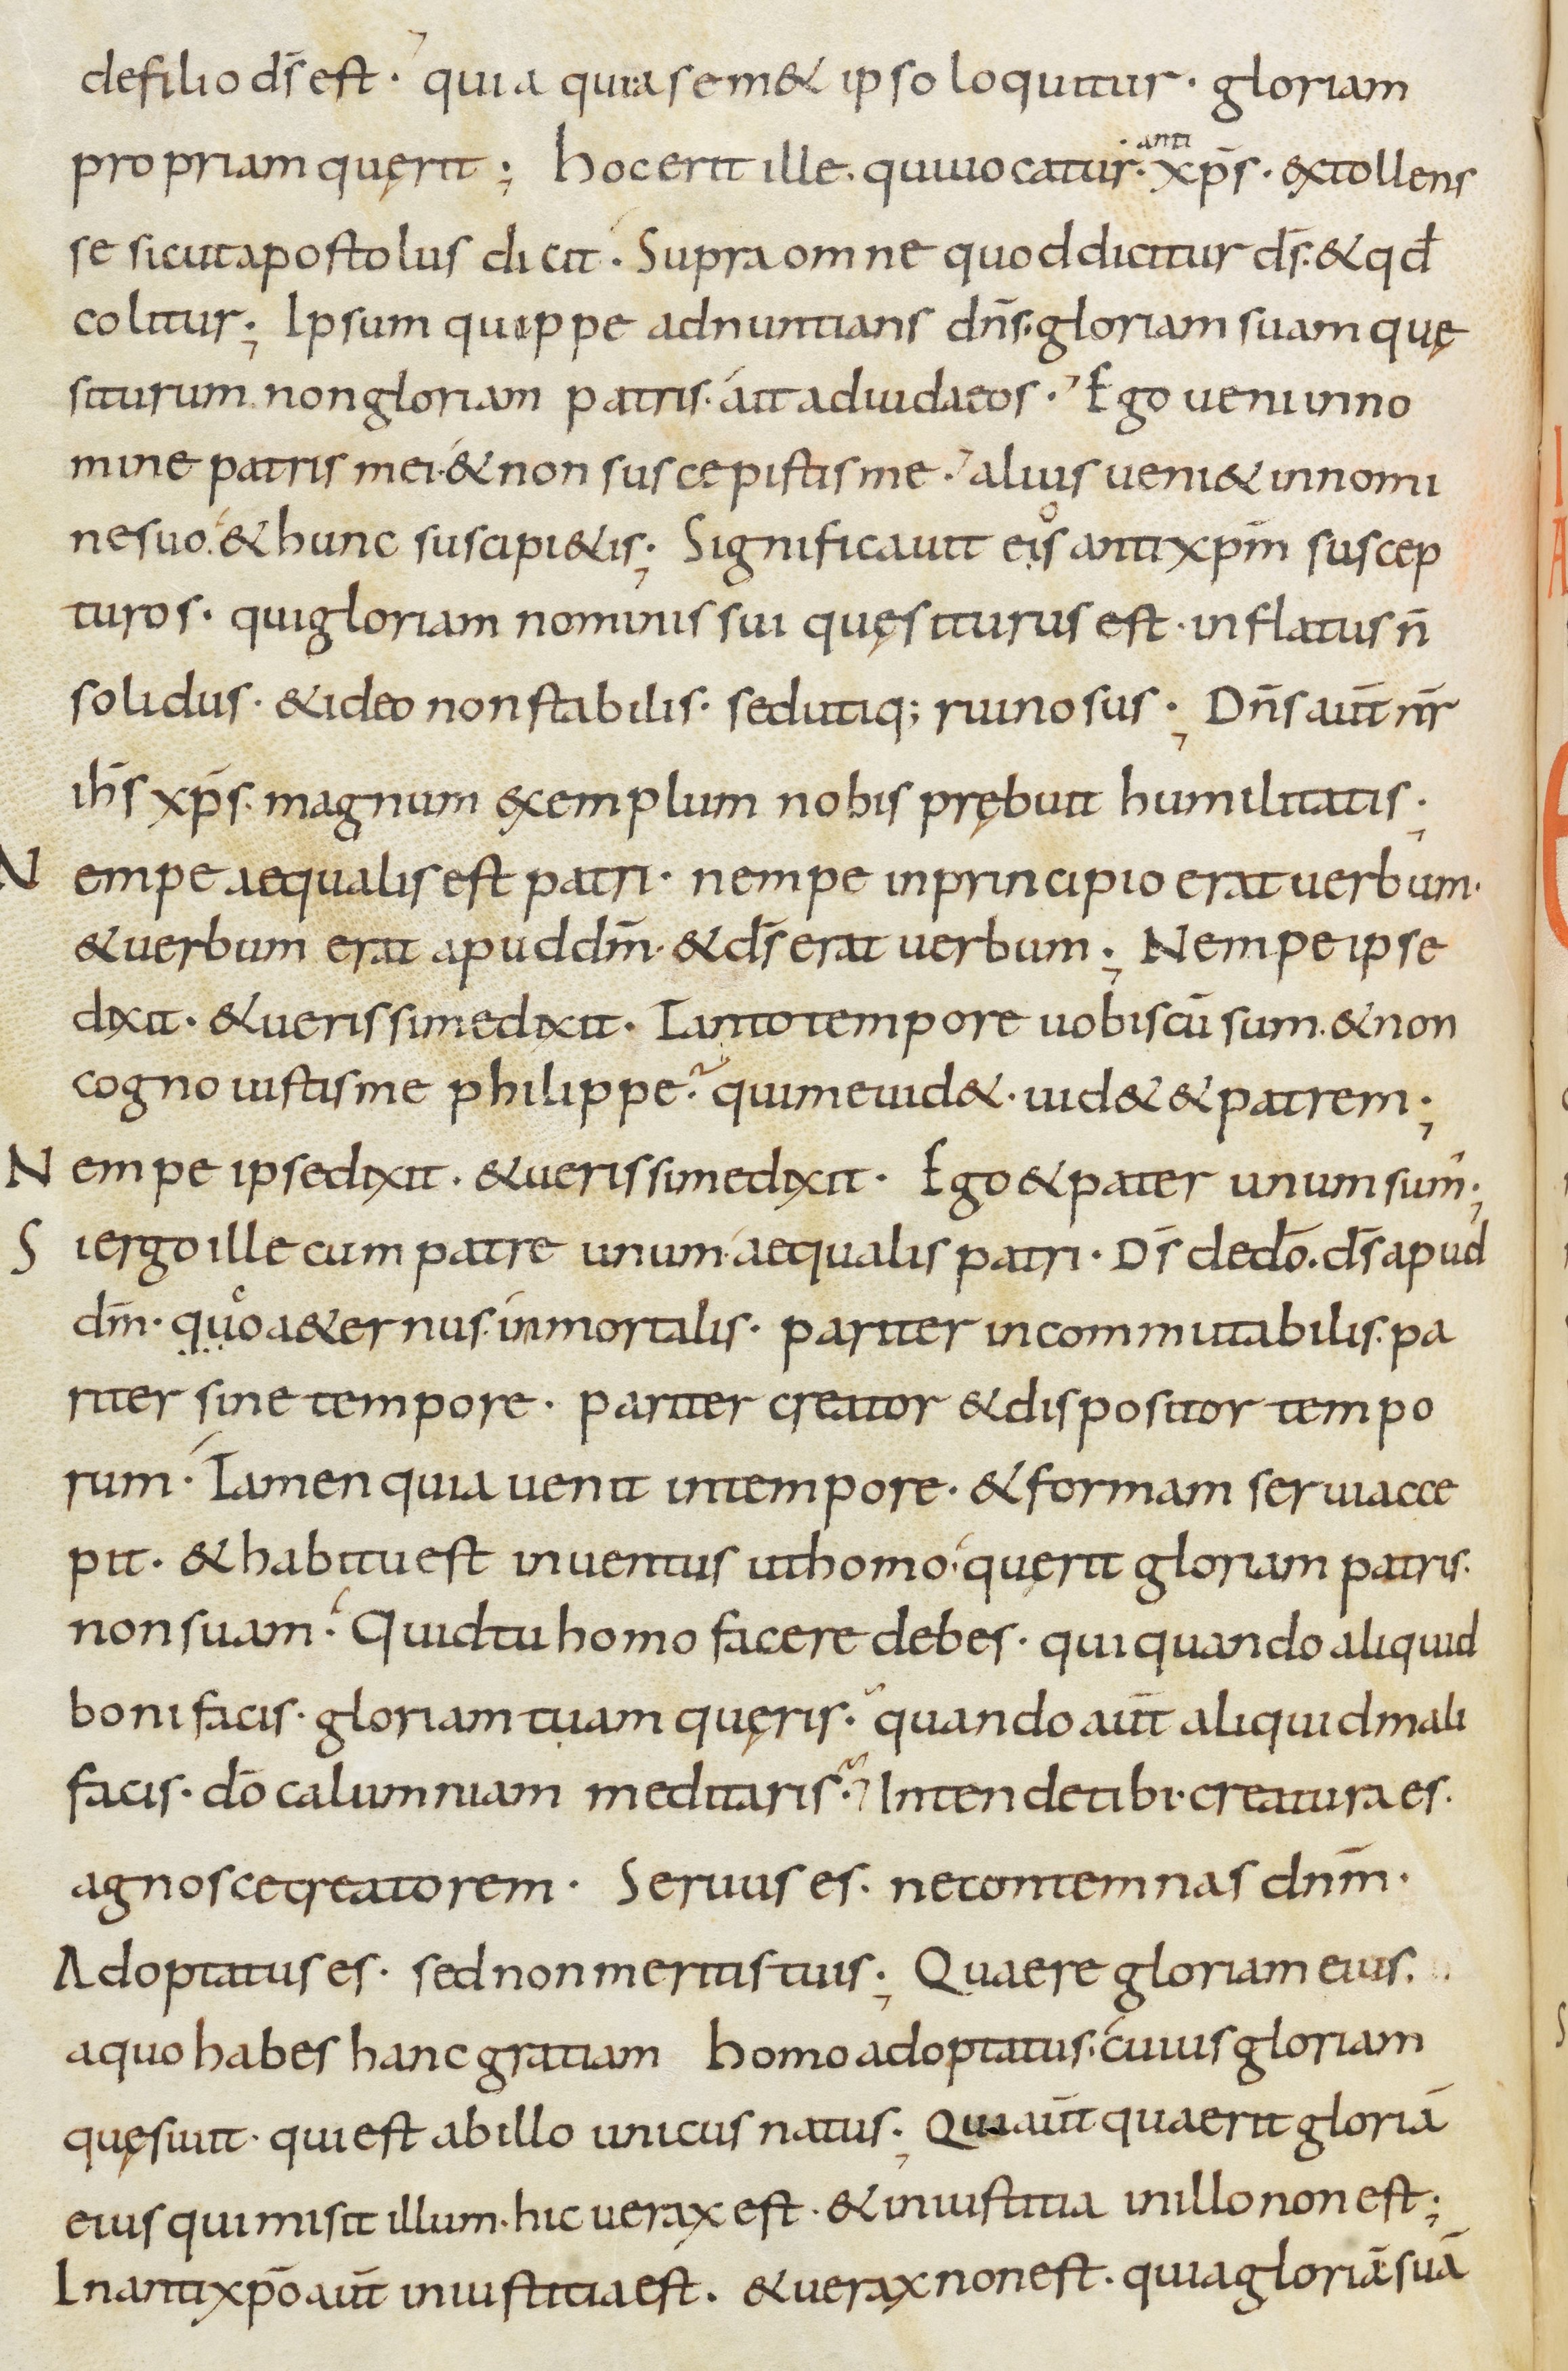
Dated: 800–899